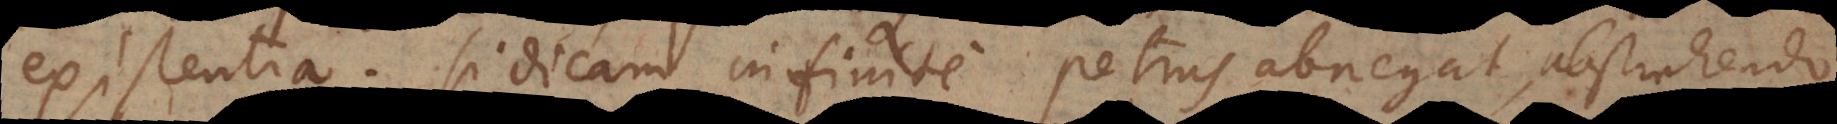
existentia. Si dicam infinite Petrus abnegat, abstrahendo